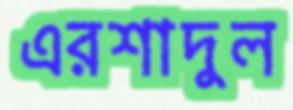
এরশাদুল